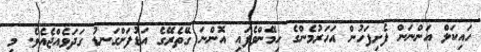
ހައިކަލް އަންނަން ފެށިފަހުން އަހަރުމެންގެ ހިމޭންވެފައި އޮންނަ ގޭތެރޭގެ އަޑުފަށްގަނޑު ގަދަވެއްޖެއެވެ. މި